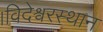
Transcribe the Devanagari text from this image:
।विदेश्वरस्थान